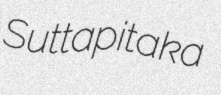
Suttapitaka